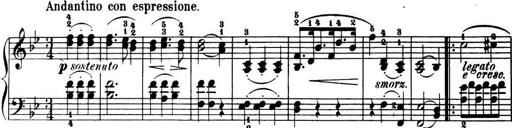
Title: 32 Sonatinas and Rondos for the Piano
Composer: Richard Kleinmichel